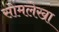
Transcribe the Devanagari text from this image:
सोमलेखा